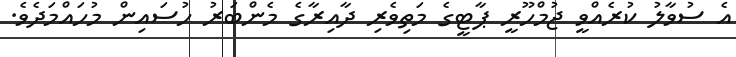
އެ ސުވާލު ކުރެއްވީ ޖުމްހޫރީ ޕާޓީގެ މަތިވެރި ދާއިރާގެ މެންބަރު ހުސައިން މުހައްމަދެވެ.